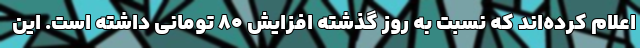
اعلام کرده‌اند که نسبت به روز گذشته افزایش ۸۰ تومانی داشته است. این